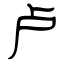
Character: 卢